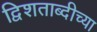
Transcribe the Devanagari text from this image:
द्विशताब्दीच्या